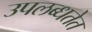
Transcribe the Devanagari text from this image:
उपलब्धतेत